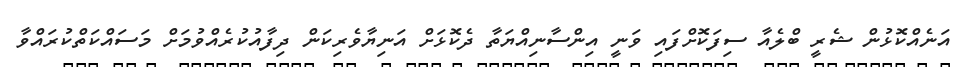
އަނެއްކޮޅުން ޝެރީ ބްލެއާ ސިފަކޮށްފައި ވަނީ އިންސާނިއްޔަތާ ދެކޮޅަށް އަނިޔާވެރިކަން ދިފާއުކުރެއްވުމަށް މަސައްކަތްކުރައްވާ